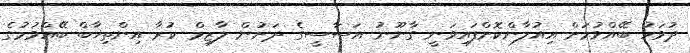
ދުވަހު ބޭއްވުމަށް އިއުލާންކޮށްފައިވަނީ ގާނޫނު އަސާސީގެ ދަށުން ލާޒިމް ކުރާ އިންތިޚާބް ބޭއްވުމުގެ